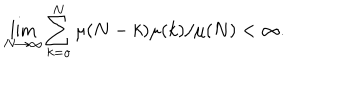
LaTeX: \lim _ { N \rightarrow \infty } \sum _ { k = o } ^ { N } \mu ( N - k ) \mu ( k ) / \mu ( N ) < \infty .